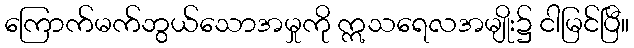
ကြောက်မက်ဘွယ်သောအမှုကို ဣသရေလအမျိုး၌ ငါမြင်ပြီ။